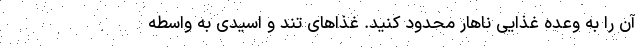
آن را به وعده غذایی ناهار محدود کنید. غذاهای تند و اسیدی به واسطه